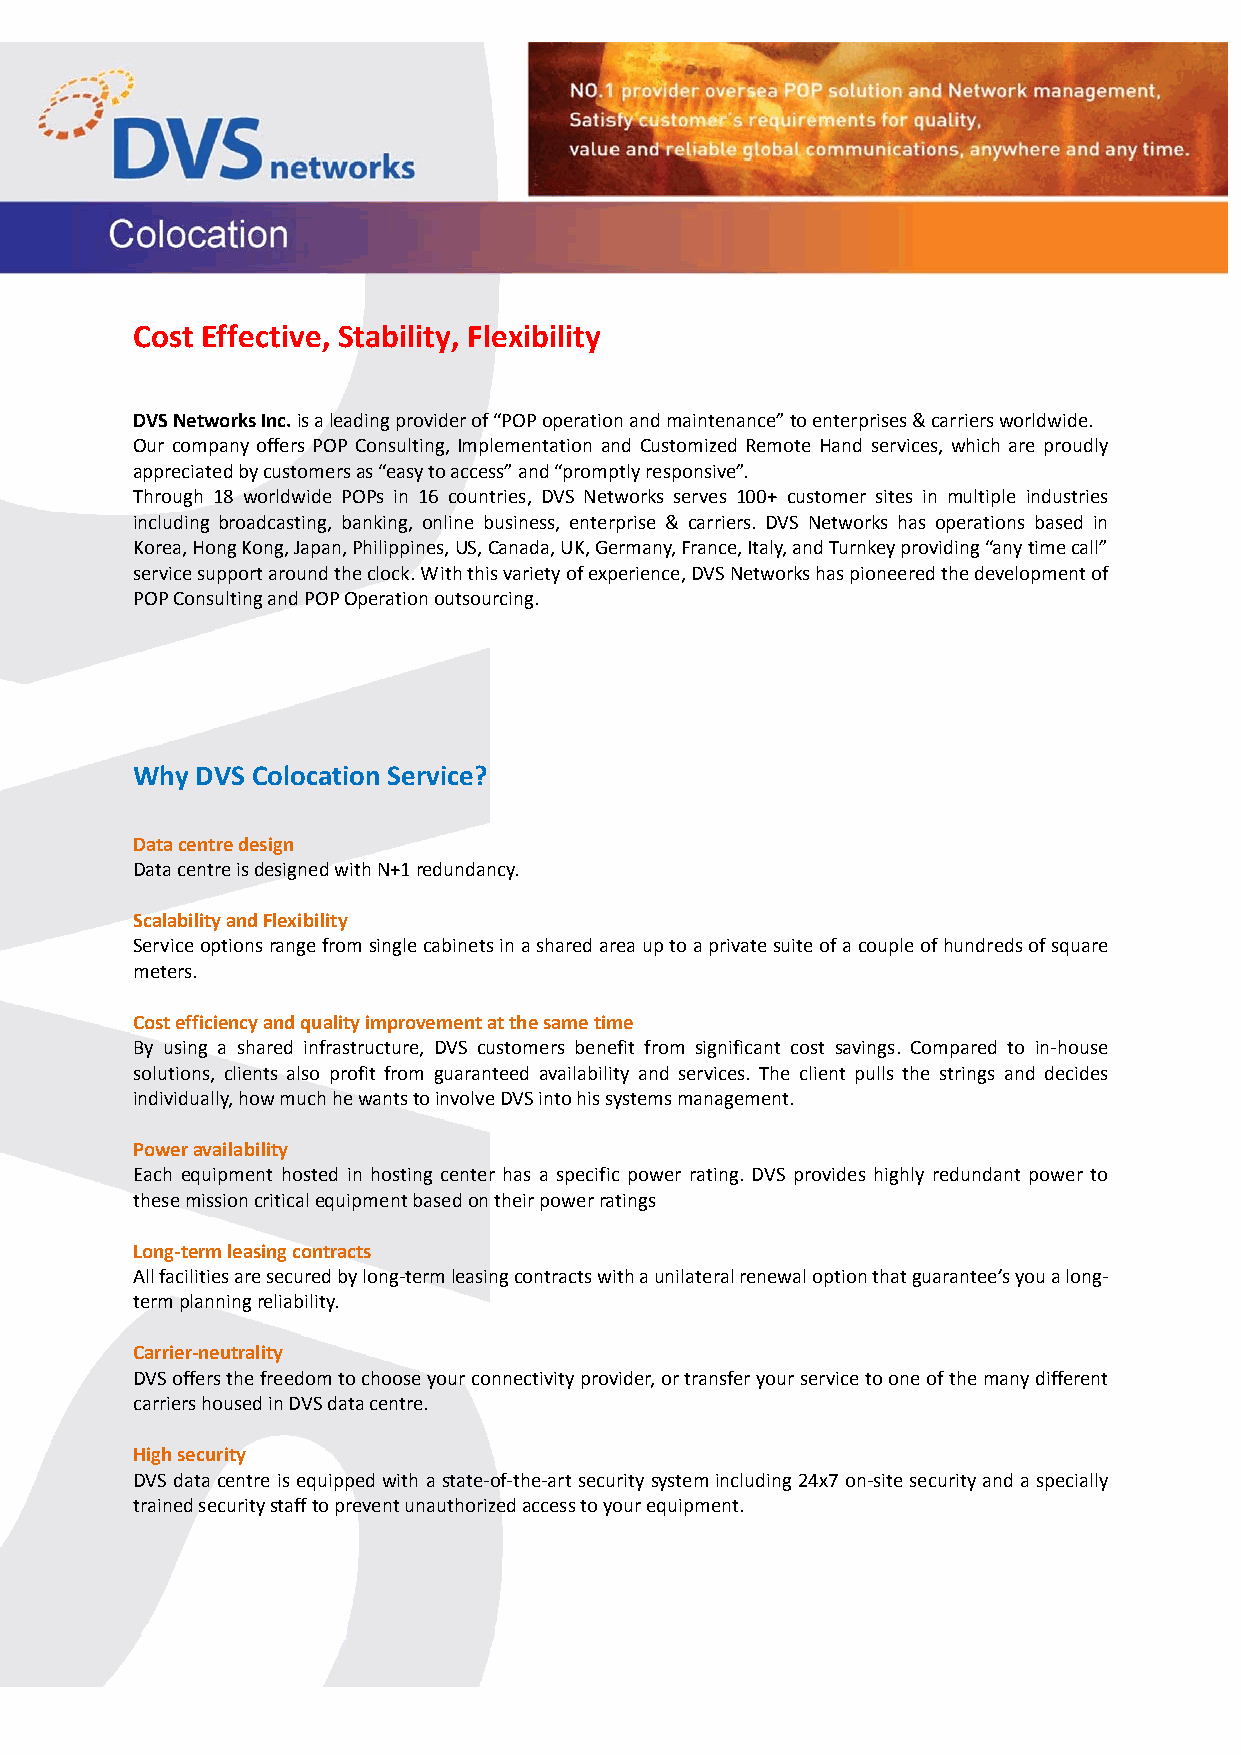
Cost Effective, Stability, Flexibility
 DVS Networks Inc. is a leading provider of “POP operation and maintenance” to enterprises & carriers worldwide.
 Our company offers POP Consulting, Implementation and Customized Remote Hand services, which are proudly
 appreciated by customers as “easy to access” and “promptly responsive”.
 Through 18 worldwide POPs in 16 countries, DVS Networks serves 100+ customer sites in multiple industries
 including broadcasting, banking, online business, enterprise & carriers. DVS Networks has operations based in
 Korea, Hong Kong, Japan, Philippines, US, Canada, UK, Germany, France, Italy, and Turnkey providing “any time call”
 service support around the clock. With this variety of experience, DVS Networks has pioneered the development of
 POP Consulting and POP Operation outsourcing.
 Why DVS Colocation Service?
 Data centre design
 Data centre is designed with N+1 redundancy.
 Scalability and Flexibility
 Service options range from single cabinets in a shared area up to a private suite of a couple of hundreds of square
 meters.
 Cost efficiency and quality improvement at the same time
 By using a shared infrastructure, DVS customers benefit from significant cost savings. Compared to in‐house
 solutions, clients also profit from guaranteed availability and services. The client pulls the strings and decides
 individually, how much he wants to involve DVS into his systems management.
 Power availability
 Each equipment hosted in hosting center has a specific power rating. DVS provides highly redundant power to
 these mission critical equipment based on their power ratings
 Long‐term leasing contracts
 All facilities are secured by long‐term leasing contracts with a unilateral renewal option that guarantee’s you a long‐
 term planning reliability.
 Carrier‐neutrality
 DVS offers the freedom to choose your connectivity provider, or transfer your service to one of the many different
 carriers housed in DVS data centre.
 High security
 DVS data centre is equipped with a state‐of‐the‐art security system including 24x7 on‐site security and a specially
 trained security staff to prevent unauthorized access to your equipment.